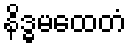
နိဒ္ဓမထေတံ